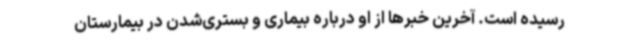
رسیده است. آخرین خبرها از او درباره بیماری و بستری‌شدن در بیمارستان